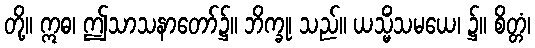
တို့။ ဣဓ၊ ဤသာသနာတော်၌။ ဘိက္ခု၊ သည်။ ယသ္မိံသမယေ၊ ၌။ စိတ္တံ၊